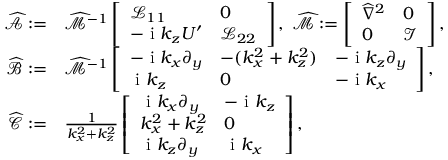
\begin{array} { r l } { \widehat { \mathcal { A } } : = } & { { } \widehat { \mathcal { M } } ^ { - 1 } \left[ \begin{array} { l l } { \mathcal { L } _ { 1 1 } } & { 0 } \\ { - \mathrm { ~ i ~ } k _ { z } U ^ { \prime } } & { \mathcal { L } _ { 2 2 } } \end{array} \right] , \; \widehat { \mathcal { M } } : = \left[ \begin{array} { l l } { \widehat { \nabla } ^ { 2 } } & { 0 } \\ { 0 } & { \mathcal { I } } \end{array} \right] , } \\ { \mathcal { \widehat { B } } : = } & { { } \widehat { \mathcal { M } } ^ { - 1 } \left[ \begin{array} { l l l } { - \mathrm { ~ i ~ } k _ { x } \partial _ { y } } & { - ( k _ { x } ^ { 2 } + k _ { z } ^ { 2 } ) } & { - \mathrm { ~ i ~ } k _ { z } \partial _ { y } } \\ { \mathrm { ~ i ~ } k _ { z } } & { 0 } & { - \mathrm { ~ i ~ } k _ { x } } \end{array} \right] , } \\ { \mathcal { \widehat { C } } : = } & { { } \frac { 1 } { k _ { x } ^ { 2 } + k _ { z } ^ { 2 } } \left[ \begin{array} { l l } { \mathrm { ~ i ~ } k _ { x } \partial _ { y } } & { - \mathrm { ~ i ~ } k _ { z } } \\ { k _ { x } ^ { 2 } + k _ { z } ^ { 2 } } & { 0 } \\ { \mathrm { ~ i ~ } k _ { z } \partial _ { y } } & { \mathrm { ~ i ~ } k _ { x } } \end{array} \right] , } \end{array}